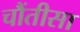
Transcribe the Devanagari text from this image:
चौंतीसा